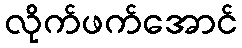
လိုက်ဖက်အောင်